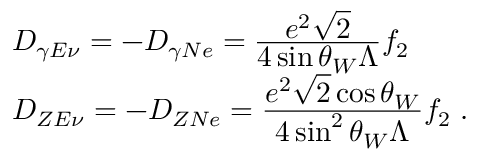
\begin{array} { l } { { D _ { \gamma E \nu } = - D _ { \gamma N e } = \frac { \displaystyle e ^ { 2 } \sqrt { 2 } } { \displaystyle 4 \sin \theta _ { W } \Lambda } f _ { 2 } } } \\ { { D _ { Z E \nu } = - D _ { Z N e } = \frac { \displaystyle e ^ { 2 } \sqrt { 2 } \cos \theta _ { W } } { \displaystyle 4 \sin ^ { 2 } \theta _ { W } \Lambda } f _ { 2 } \; . } } \end{array}